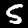
Label: 5